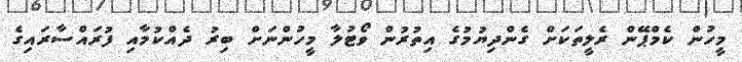
މީހުން ކެމްޕޭން ރެލީތަކަށް ގެންދިޔުމުގެ އިތުރުން ވޯޓުލާ މީހުންނަށް ބިރު ދެއްކުމާއި ފުރައްސާރައިގެ